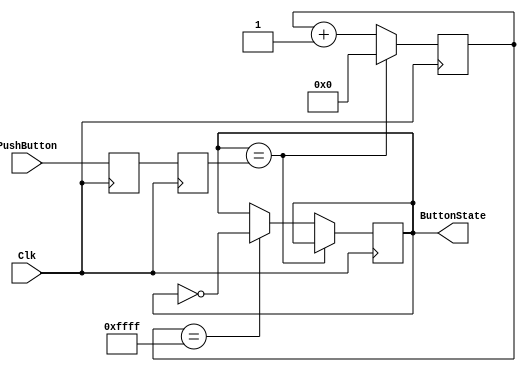
`timescale 1ns / 1ps

module ButtonStabilizer(input Clk,              
                        input PushButton,       
                        output reg ButtonState);
                        
    reg SavedState0;
    always @(posedge Clk) SavedState0 <= PushButton;
    reg SavedState1;
    always @(posedge Clk) SavedState1 <= SavedState0;
    
    // Debounce the switch
    reg [15:0] state;
    always @(posedge Clk)
        if (ButtonState == SavedState1)
            state <= 0;
        else
        begin
            state <= state + 1'b1;
            if (state == 16'hffff) begin
                ButtonState <= ~ButtonState;
            end
        end
endmodule